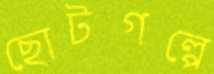
ছোটগল্পে